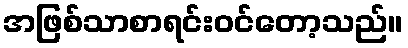
အဖြစ်သာစာရင်းဝင်တော့သည်။